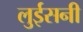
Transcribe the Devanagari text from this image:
लुईसनी